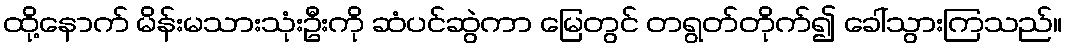
ထို့နောက် မိန်းမသားသုံးဦးကို ဆံပင်ဆွဲကာ မြေတွင် တရွတ်တိုက်၍ ခေါ်သွားကြသည်။